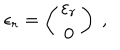
\epsilon _ { r } = \left( \begin{array} { c } { { \varepsilon _ { r } } } \\ { { 0 } } \\ \end{array} \right) \ ,